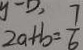
2 a + b = \frac { 7 } { 6 }